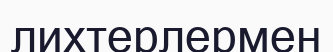
лихтерлермен